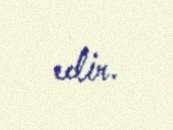
edir.